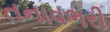
તનાવભરી